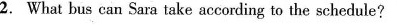
2. What bus can Sara take according to the schedule?